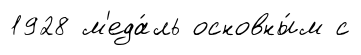
1928 м'еда́ль основны́м с